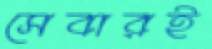
সেবারই